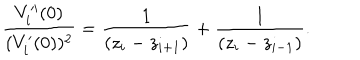
LaTeX: \frac { V _ { i } ^ { \prime \prime } ( 0 ) } { ( V _ { i } ^ { \prime } ( 0 ) ) ^ { 2 } } = \frac { 1 } { \left( z _ { i } - z _ { i + 1 } \right) } + \frac { 1 } { \left( z _ { i } - z _ { i - 1 } \right) } .